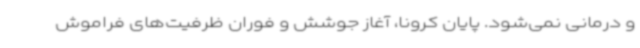
و درمانی نمی‌شود. پایان کرونا، آغاز جوشش و فوران ظرفیت‌های فراموش